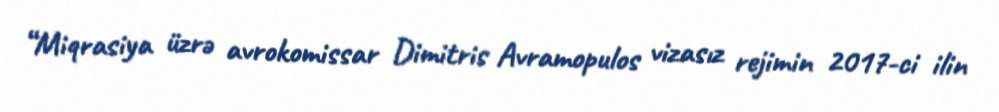
“Miqrasiya üzrə avrokomissar Dimitris Avramopulos vizasız rejimin 2017-ci ilin